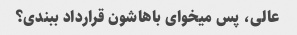
عالی، پس میخوای باهاشون قرارداد ببندی؟